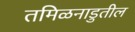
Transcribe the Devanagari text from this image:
तमिळनाडुतील